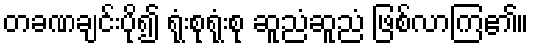
တခဏချင်းပို၍ ရုံးစုရုံးစု ဆူညံဆူညံ ဖြစ်လာကြ၏။